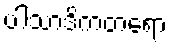
ပါသာဒိကတရော